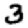
Digit: 3